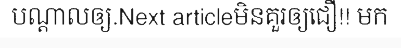
បណ្តាលឲ្យ.Next articleមិនគួរឲ្យជឿ!! មក